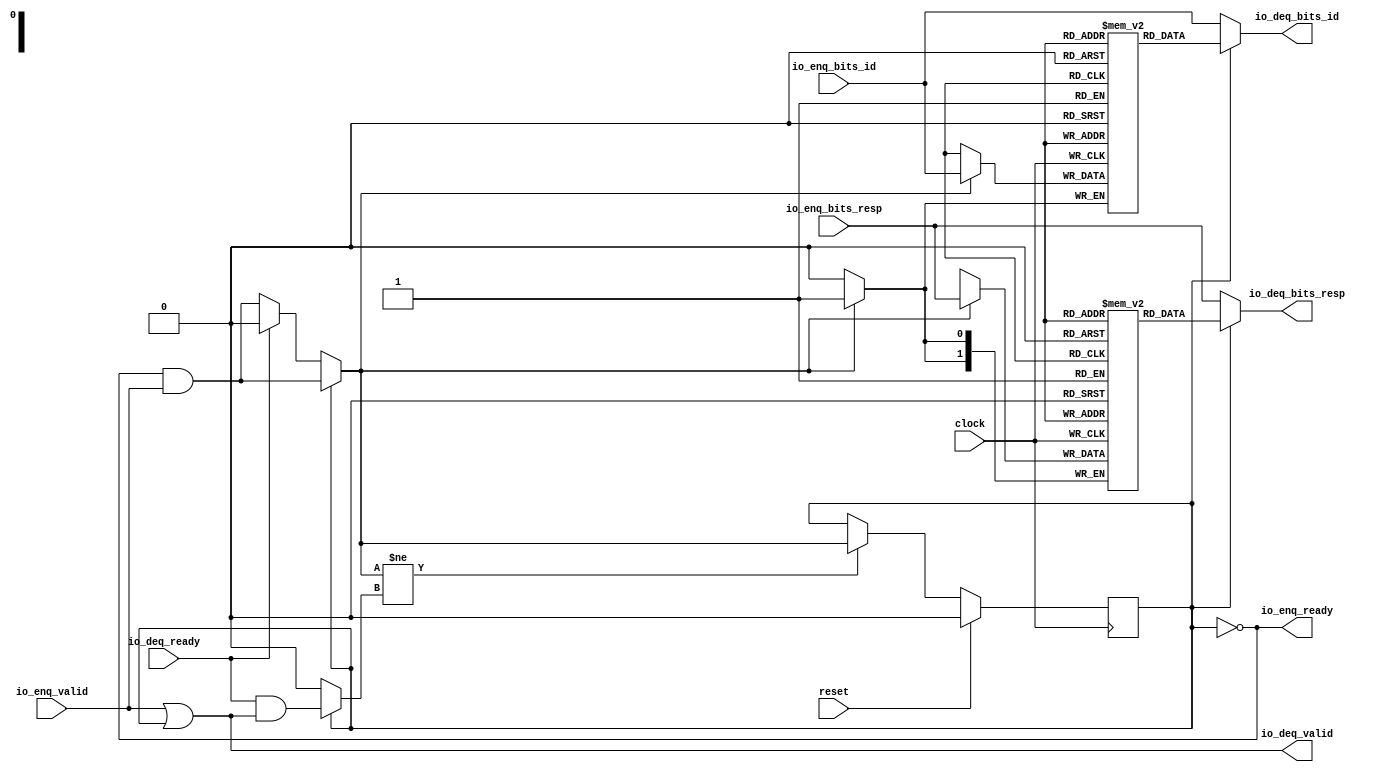
module Queue_17( // @[:freechips.rocketchip.system.DefaultRV32Config.fir@39478.2]
  input        clock, // @[:freechips.rocketchip.system.DefaultRV32Config.fir@39479.4]
  input        reset, // @[:freechips.rocketchip.system.DefaultRV32Config.fir@39480.4]
  output       io_enq_ready, // @[:freechips.rocketchip.system.DefaultRV32Config.fir@39481.4]
  input        io_enq_valid, // @[:freechips.rocketchip.system.DefaultRV32Config.fir@39481.4]
  input        io_enq_bits_id, // @[:freechips.rocketchip.system.DefaultRV32Config.fir@39481.4]
  input  [1:0] io_enq_bits_resp, // @[:freechips.rocketchip.system.DefaultRV32Config.fir@39481.4]
  input        io_deq_ready, // @[:freechips.rocketchip.system.DefaultRV32Config.fir@39481.4]
  output       io_deq_valid, // @[:freechips.rocketchip.system.DefaultRV32Config.fir@39481.4]
  output       io_deq_bits_id, // @[:freechips.rocketchip.system.DefaultRV32Config.fir@39481.4]
  output [1:0] io_deq_bits_resp // @[:freechips.rocketchip.system.DefaultRV32Config.fir@39481.4]
);
`ifdef RANDOMIZE_MEM_INIT
  reg [31:0] _RAND_0;
  reg [31:0] _RAND_1;
`endif // RANDOMIZE_MEM_INIT
`ifdef RANDOMIZE_REG_INIT
  reg [31:0] _RAND_2;
`endif // RANDOMIZE_REG_INIT
  reg  ram_id [0:0]; // @[Decoupled.scala 209:16:freechips.rocketchip.system.DefaultRV32Config.fir@39483.4]
  wire  ram_id__T_7_data; // @[Decoupled.scala 209:16:freechips.rocketchip.system.DefaultRV32Config.fir@39483.4]
  wire  ram_id__T_7_addr; // @[Decoupled.scala 209:16:freechips.rocketchip.system.DefaultRV32Config.fir@39483.4]
  wire  ram_id__T_3_data; // @[Decoupled.scala 209:16:freechips.rocketchip.system.DefaultRV32Config.fir@39483.4]
  wire  ram_id__T_3_addr; // @[Decoupled.scala 209:16:freechips.rocketchip.system.DefaultRV32Config.fir@39483.4]
  wire  ram_id__T_3_mask; // @[Decoupled.scala 209:16:freechips.rocketchip.system.DefaultRV32Config.fir@39483.4]
  wire  ram_id__T_3_en; // @[Decoupled.scala 209:16:freechips.rocketchip.system.DefaultRV32Config.fir@39483.4]
  reg [1:0] ram_resp [0:0]; // @[Decoupled.scala 209:16:freechips.rocketchip.system.DefaultRV32Config.fir@39483.4]
  wire [1:0] ram_resp__T_7_data; // @[Decoupled.scala 209:16:freechips.rocketchip.system.DefaultRV32Config.fir@39483.4]
  wire  ram_resp__T_7_addr; // @[Decoupled.scala 209:16:freechips.rocketchip.system.DefaultRV32Config.fir@39483.4]
  wire [1:0] ram_resp__T_3_data; // @[Decoupled.scala 209:16:freechips.rocketchip.system.DefaultRV32Config.fir@39483.4]
  wire  ram_resp__T_3_addr; // @[Decoupled.scala 209:16:freechips.rocketchip.system.DefaultRV32Config.fir@39483.4]
  wire  ram_resp__T_3_mask; // @[Decoupled.scala 209:16:freechips.rocketchip.system.DefaultRV32Config.fir@39483.4]
  wire  ram_resp__T_3_en; // @[Decoupled.scala 209:16:freechips.rocketchip.system.DefaultRV32Config.fir@39483.4]
  reg  maybe_full; // @[Decoupled.scala 212:27:freechips.rocketchip.system.DefaultRV32Config.fir@39484.4]
  wire  empty; // @[Decoupled.scala 215:28:freechips.rocketchip.system.DefaultRV32Config.fir@39486.4]
  wire  _T_1; // @[Decoupled.scala 40:37:freechips.rocketchip.system.DefaultRV32Config.fir@39489.4]
  wire  _T_2; // @[Decoupled.scala 40:37:freechips.rocketchip.system.DefaultRV32Config.fir@39492.4]
  wire  _GEN_8; // @[Decoupled.scala 240:27:freechips.rocketchip.system.DefaultRV32Config.fir@39520.6]
  wire  do_enq; // @[Decoupled.scala 237:18:freechips.rocketchip.system.DefaultRV32Config.fir@39516.4]
  wire  do_deq; // @[Decoupled.scala 237:18:freechips.rocketchip.system.DefaultRV32Config.fir@39516.4]
  wire  _T_4; // @[Decoupled.scala 227:16:freechips.rocketchip.system.DefaultRV32Config.fir@39502.4]
  wire  _T_5; // @[Decoupled.scala 231:19:freechips.rocketchip.system.DefaultRV32Config.fir@39506.4]
  assign ram_id__T_7_addr = 1'h0;
  assign ram_id__T_7_data = ram_id[ram_id__T_7_addr]; // @[Decoupled.scala 209:16:freechips.rocketchip.system.DefaultRV32Config.fir@39483.4]
  assign ram_id__T_3_data = io_enq_bits_id;
  assign ram_id__T_3_addr = 1'h0;
  assign ram_id__T_3_mask = 1'h1;
  assign ram_id__T_3_en = empty ? _GEN_8 : _T_1;
  assign ram_resp__T_7_addr = 1'h0;
  assign ram_resp__T_7_data = ram_resp[ram_resp__T_7_addr]; // @[Decoupled.scala 209:16:freechips.rocketchip.system.DefaultRV32Config.fir@39483.4]
  assign ram_resp__T_3_data = io_enq_bits_resp;
  assign ram_resp__T_3_addr = 1'h0;
  assign ram_resp__T_3_mask = 1'h1;
  assign ram_resp__T_3_en = empty ? _GEN_8 : _T_1;
  assign empty = ~maybe_full; // @[Decoupled.scala 215:28:freechips.rocketchip.system.DefaultRV32Config.fir@39486.4]
  assign _T_1 = io_enq_ready & io_enq_valid; // @[Decoupled.scala 40:37:freechips.rocketchip.system.DefaultRV32Config.fir@39489.4]
  assign _T_2 = io_deq_ready & io_deq_valid; // @[Decoupled.scala 40:37:freechips.rocketchip.system.DefaultRV32Config.fir@39492.4]
  assign _GEN_8 = io_deq_ready ? 1'h0 : _T_1; // @[Decoupled.scala 240:27:freechips.rocketchip.system.DefaultRV32Config.fir@39520.6]
  assign do_enq = empty ? _GEN_8 : _T_1; // @[Decoupled.scala 237:18:freechips.rocketchip.system.DefaultRV32Config.fir@39516.4]
  assign do_deq = empty ? 1'h0 : _T_2; // @[Decoupled.scala 237:18:freechips.rocketchip.system.DefaultRV32Config.fir@39516.4]
  assign _T_4 = do_enq != do_deq; // @[Decoupled.scala 227:16:freechips.rocketchip.system.DefaultRV32Config.fir@39502.4]
  assign _T_5 = ~empty; // @[Decoupled.scala 231:19:freechips.rocketchip.system.DefaultRV32Config.fir@39506.4]
  assign io_enq_ready = ~maybe_full; // @[Decoupled.scala 232:16:freechips.rocketchip.system.DefaultRV32Config.fir@39509.4]
  assign io_deq_valid = io_enq_valid | _T_5; // @[Decoupled.scala 231:16:freechips.rocketchip.system.DefaultRV32Config.fir@39507.4 Decoupled.scala 236:40:freechips.rocketchip.system.DefaultRV32Config.fir@39514.6]
  assign io_deq_bits_id = empty ? io_enq_bits_id : ram_id__T_7_data; // @[Decoupled.scala 233:15:freechips.rocketchip.system.DefaultRV32Config.fir@39512.4 Decoupled.scala 238:19:freechips.rocketchip.system.DefaultRV32Config.fir@39518.6]
  assign io_deq_bits_resp = empty ? io_enq_bits_resp : ram_resp__T_7_data; // @[Decoupled.scala 233:15:freechips.rocketchip.system.DefaultRV32Config.fir@39511.4 Decoupled.scala 238:19:freechips.rocketchip.system.DefaultRV32Config.fir@39517.6]
`ifdef RANDOMIZE_GARBAGE_ASSIGN
`define RANDOMIZE
`endif
`ifdef RANDOMIZE_INVALID_ASSIGN
`define RANDOMIZE
`endif
`ifdef RANDOMIZE_REG_INIT
`define RANDOMIZE
`endif
`ifdef RANDOMIZE_MEM_INIT
`define RANDOMIZE
`endif
`ifndef RANDOM
`define RANDOM $random
`endif
`ifdef RANDOMIZE_MEM_INIT
  integer initvar;
`endif
`ifndef SYNTHESIS
`ifdef FIRRTL_BEFORE_INITIAL
`FIRRTL_BEFORE_INITIAL
`endif
initial begin
  `ifdef RANDOMIZE
    `ifdef INIT_RANDOM
      `INIT_RANDOM
    `endif
    `ifndef VERILATOR
      `ifdef RANDOMIZE_DELAY
        #`RANDOMIZE_DELAY begin end
      `else
        #0.002 begin end
      `endif
    `endif
`ifdef RANDOMIZE_MEM_INIT
  _RAND_0 = {1{`RANDOM}};
  for (initvar = 0; initvar < 1; initvar = initvar+1)
    ram_id[initvar] = _RAND_0[0:0];
  _RAND_1 = {1{`RANDOM}};
  for (initvar = 0; initvar < 1; initvar = initvar+1)
    ram_resp[initvar] = _RAND_1[1:0];
`endif // RANDOMIZE_MEM_INIT
`ifdef RANDOMIZE_REG_INIT
  _RAND_2 = {1{`RANDOM}};
  maybe_full = _RAND_2[0:0];
`endif // RANDOMIZE_REG_INIT
  `endif // RANDOMIZE
end // initial
`ifdef FIRRTL_AFTER_INITIAL
`FIRRTL_AFTER_INITIAL
`endif
`endif // SYNTHESIS
  always @(posedge clock) begin
    if(ram_id__T_3_en & ram_id__T_3_mask) begin
      ram_id[ram_id__T_3_addr] <= ram_id__T_3_data; // @[Decoupled.scala 209:16:freechips.rocketchip.system.DefaultRV32Config.fir@39483.4]
    end
    if(ram_resp__T_3_en & ram_resp__T_3_mask) begin
      ram_resp[ram_resp__T_3_addr] <= ram_resp__T_3_data; // @[Decoupled.scala 209:16:freechips.rocketchip.system.DefaultRV32Config.fir@39483.4]
    end
    if (reset) begin
      maybe_full <= 1'h0;
    end else if (_T_4) begin
      if (empty) begin
        if (io_deq_ready) begin
          maybe_full <= 1'h0;
        end else begin
          maybe_full <= _T_1;
        end
      end else begin
        maybe_full <= _T_1;
      end
    end
  end
endmodule